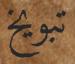
تبويخ